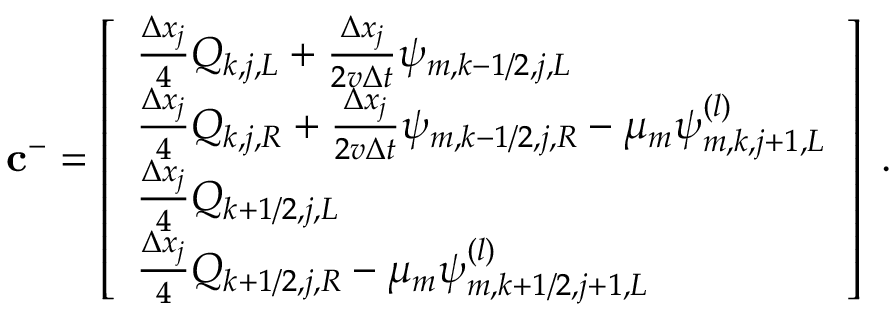
\mathbf { c } ^ { - } = \left[ \begin{array} { l } { \frac { \Delta x _ { j } } { 4 } Q _ { k , j , L } + \frac { \Delta x _ { j } } { 2 v \Delta t } \psi _ { m , k - 1 / 2 , j , L } } \\ { \frac { \Delta x _ { j } } { 4 } Q _ { k , j , R } + \frac { \Delta x _ { j } } { 2 v \Delta t } \psi _ { m , k - 1 / 2 , j , R } - \mu _ { m } \psi _ { m , k , j + 1 , L } ^ { ( l ) } } \\ { \frac { \Delta x _ { j } } { 4 } Q _ { k + 1 / 2 , j , L } } \\ { \frac { \Delta x _ { j } } { 4 } Q _ { k + 1 / 2 , j , R } - \mu _ { m } \psi _ { m , k + 1 / 2 , j + 1 , L } ^ { ( l ) } } \end{array} \right] \; .